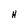
Character: H